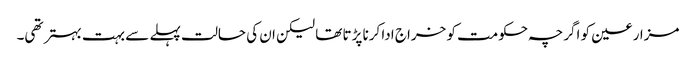
مزارعین کو اگرچہ حکومت کو خراج ادا کرنا پڑتا تھا لیکن ان کی حالت پہلے سے بہت بہتر تھی۔